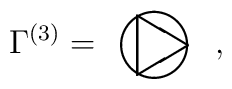
\Gamma^{(3)}=\setlength{\unitlength}{1pt}\begin{picture}(40,24)(-18,-3)\thicklines\put(0,0){\circle{24}}\put(12,0){\line(-5,3){18.174}}\put(12,0){\line(-5,-3){18.174}}\put(-6.174,10.290){\line(0,-1){20.58}}\end{picture} ,